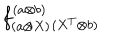
f _ { ( a \otimes X ) } ^ { ( a \otimes b ) } { } _ { ( X ^ { T } \otimes b ) }